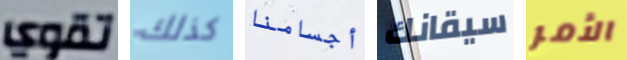
تقوي كذلك أجسامنا سيقانك الأمر